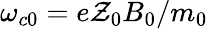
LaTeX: \omega_{c0}=e\mathcal{Z}_{0}B_{0}/m_{0}